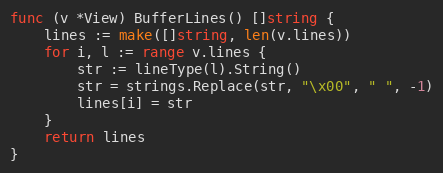
Language: Go
func (v *View) BufferLines() []string {
	lines := make([]string, len(v.lines))
	for i, l := range v.lines {
		str := lineType(l).String()
		str = strings.Replace(str, "\x00", " ", -1)
		lines[i] = str
	}
	return lines
}